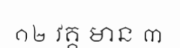
១២ វគ្គ មាន ៣